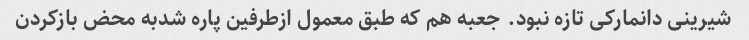
شیرینی دانمارکی تازه نبود. جعبه هم که طبق معمول ازطرفین پاره شدبه محض بازکردن